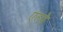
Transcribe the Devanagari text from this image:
एल्पे